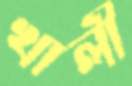
খালী